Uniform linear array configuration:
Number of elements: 16
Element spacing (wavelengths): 0.25
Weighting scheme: binomial
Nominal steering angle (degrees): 45
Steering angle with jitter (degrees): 44.599
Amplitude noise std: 0.05
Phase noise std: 0.05

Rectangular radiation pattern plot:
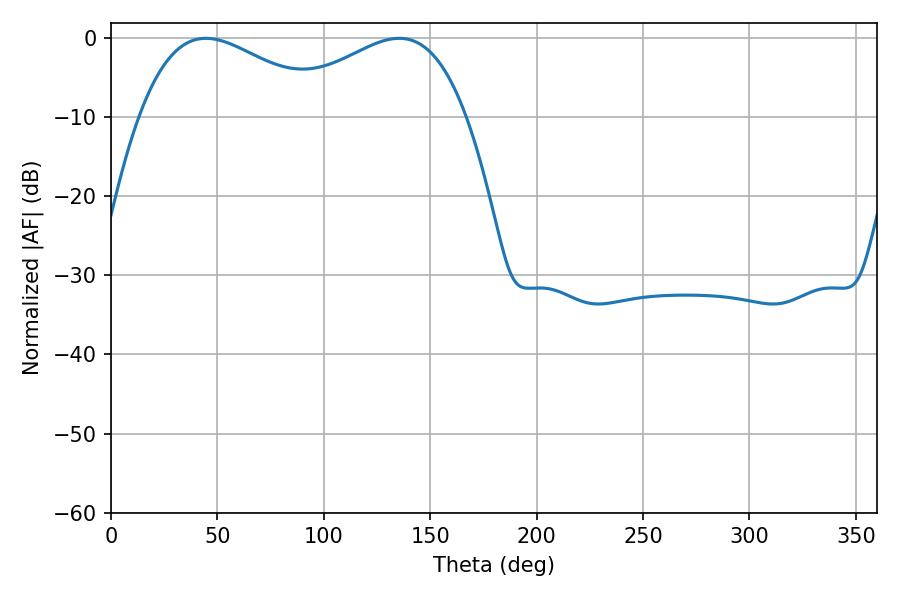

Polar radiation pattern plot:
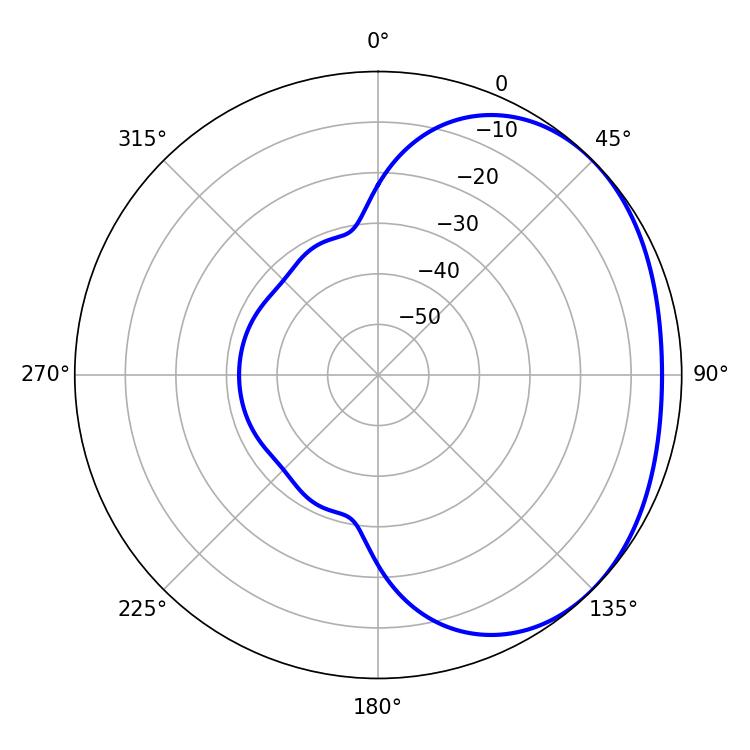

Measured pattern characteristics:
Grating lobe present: FALSE
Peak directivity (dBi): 1.977
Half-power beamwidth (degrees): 48.78
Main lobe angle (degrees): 44.64